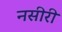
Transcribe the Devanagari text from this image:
नसीरी